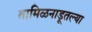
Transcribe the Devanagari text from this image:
तामिळनाडूतल्या